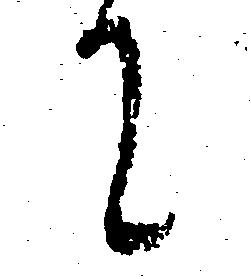
て